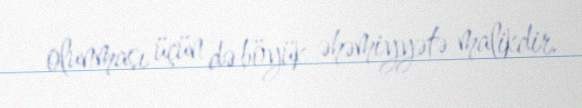
olunması üçün də böyük əhəmiyyətə malikdir.